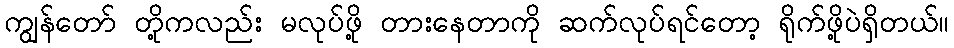
ကျွန်တော် တို့ကလည်း မလုပ်ဖို့ တားနေတာကို ဆက်လုပ်ရင်တော့ ရိုက်ဖို့ပဲရှိတယ်။